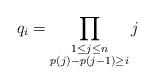
LaTeX: \begin{align*}q_i=\prod_{\substack{1 \leq j \leq n \\ p(j)-p(j-1)\geq i}}j\end{align*}